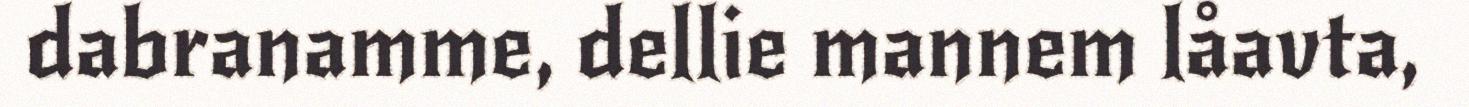
dabranamme, dellie mannem låavta,